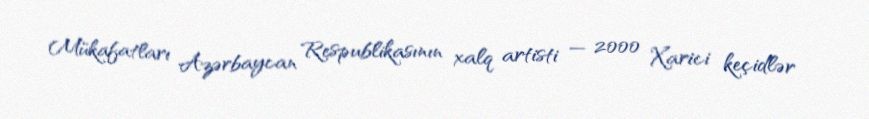
Mükafatları Azərbaycan Respublikasının xalq artisti — 2000 Xarici keçidlər